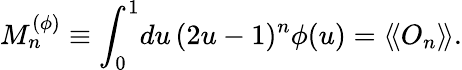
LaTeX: M_{n}^{(\phi)}\equiv\int_{0}^{1}\! du\, (2u-1)^{n}\phi(u)=\langle\! \langle O_{n}\rangle\! \rangle.